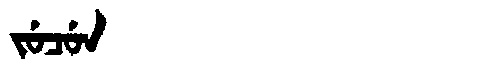
Manchu: ᠵᡠᠴᡠᠨ
Romanization: JUCUN